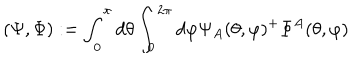
LaTeX: ( \Psi , \Phi ) : = \int _ { 0 } ^ { \pi } d \theta \int _ { 0 } ^ { 2 \pi } d \varphi \Psi _ { A } ( \theta , \varphi ) ^ { + } \Phi ^ { A } ( \theta , \varphi )